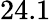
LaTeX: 24.1